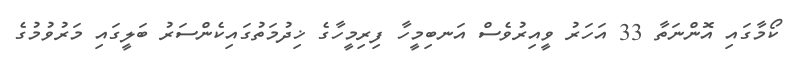
ކޯމާގައި އޮންނަތާ 33 އަހަރު ވީއިރުވެސް އަނބިމީހާ ފިރިމީހާގެ ޚިދުމަތުގައިކެންސަރު ބަލީގައި މަރުވުމުގެ